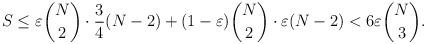
LaTeX: \begin{align*} S \leq \varepsilon\binom{N} {2}\cdot \frac{3}{4}(N-2)+(1-\varepsilon)\binom{N} {2}\cdot \varepsilon (N-2) < 6\varepsilon \binom{N} {3}.\end{align*}